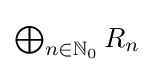
{\textstyle \bigoplus _{n\in \mathbb {N} _{0}}R_{n}}